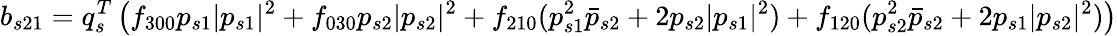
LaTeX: b_{s21}={q}_{s}^{T}\left(f_{300}p_{s1}|p_{s1}|^{2}+f_{030}p_{s2}|p_{s2}|^{2}+f_{210}(p_{s1}^{2}\bar{p}_{s2}+2p_{s2}|p_{s1}|^{2})+f_{120}(p_{s2}^{2}\bar{p}_{s2}+2p_{s1}|p_{s2}|^{2})\right)